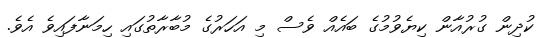
ކުދިން ގުރުއާން ކިޔެވުމުގެ ބައެއް ވެސް މި އަހަރުގެ މުބާރާތުގައި ހިމަނާފައިވެ އެވެ.